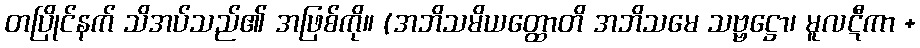
တပြိုင်နက် သိအပ်သည်၏ အဖြစ်ကို။ (အဘိသမိယတ္ထောတိ အဘိသမေ သဗ္ဗဋ္ဌော၊ မူလဋီကာ +